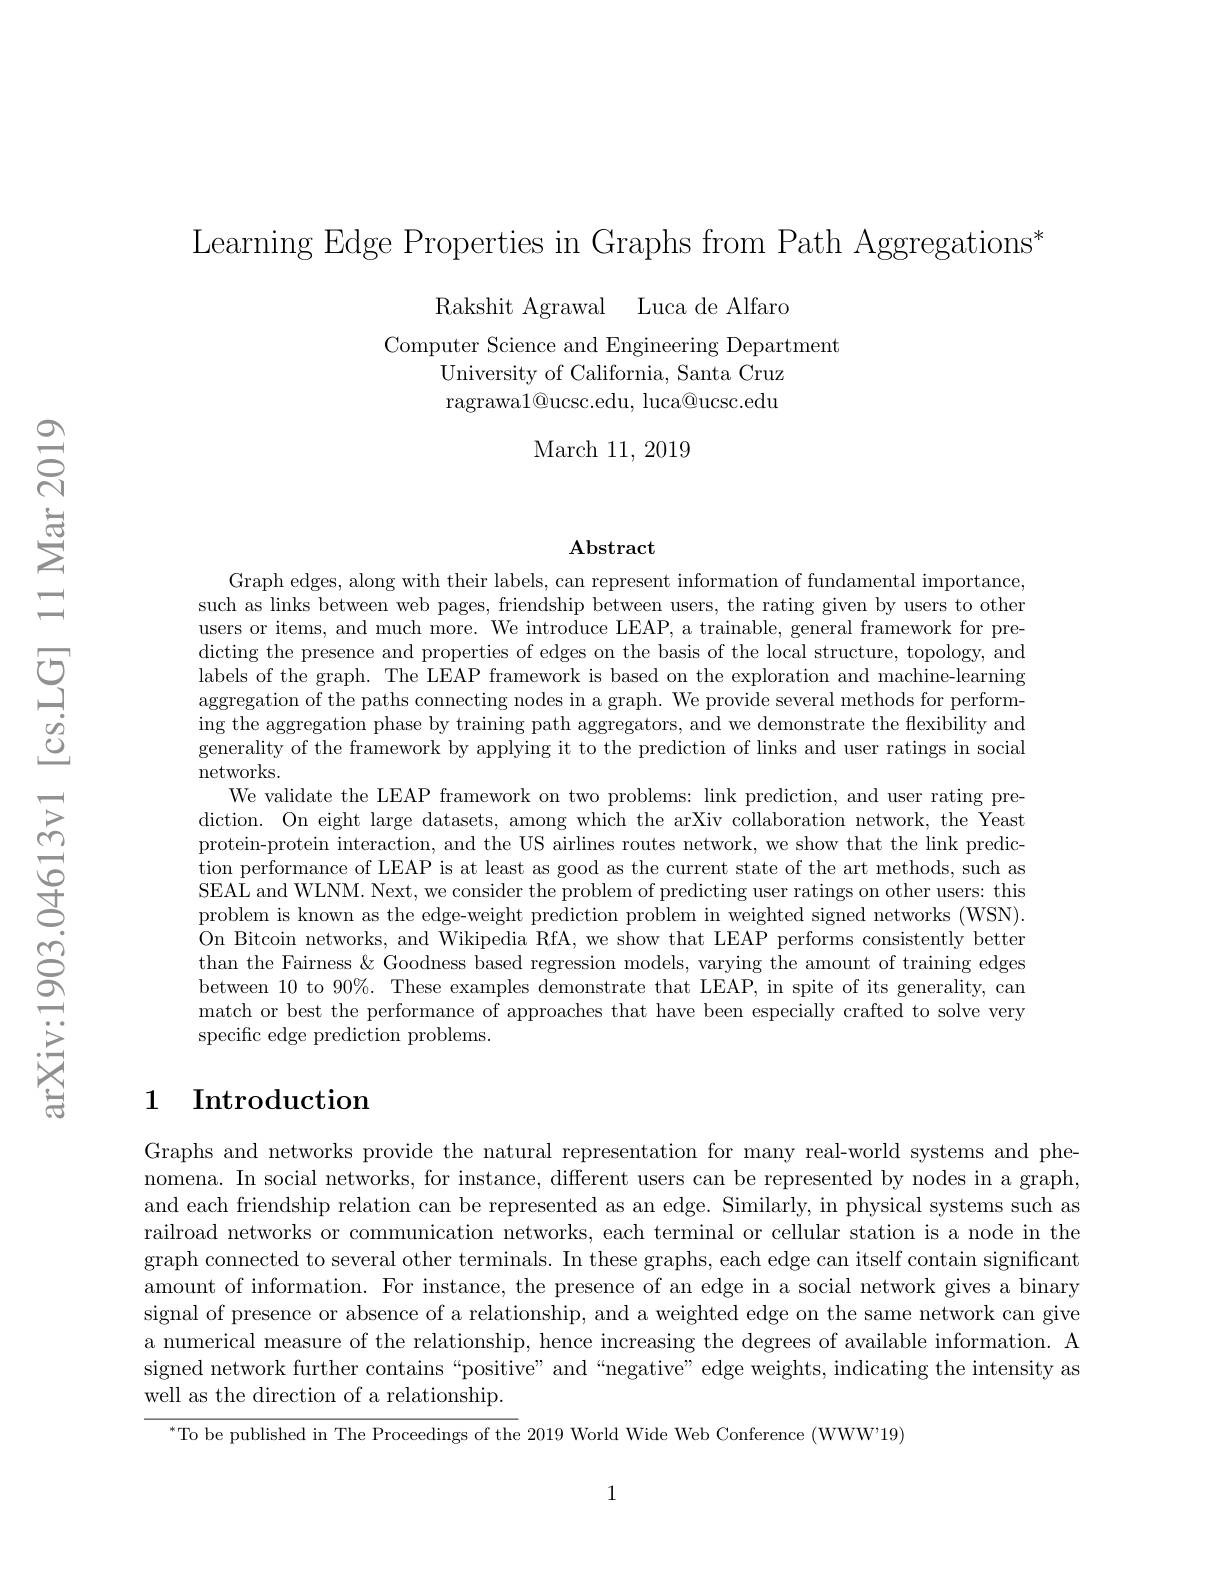
Learning Edge Properties in Graphs from Path Aggregations*

Rakshit Agrawal Luca de Alfaro

Computer Science and Engineering Department
University of California, Santa Cruz ragrawa$1@$ucsc.edu, luca@ucsc.edu

March 11, 2019

$\mathbf{Abstract}$

Graph edges, along with their labels, can represent information of fundamental importance, such as links between web pages, friendship between users, the rating given by users to other users or items, and much more. We introduce LEAP, a trainable, general framework for predicting the presence and properties of edges on the basis of the local structure, topology, and labels of the graph. The LEAP framework is based on the exploration and machine-learning aggregation of the paths connecting nodes in a graph. We provide several methods for performing the aggregation phase by training path aggregators, and we demonstrate the flexibility and generality of the framework by applying it to the prediction of links and user ratings in social networks.
We validate the LEAP framework on two problems: link prediction, and user rating prediction. On eight large datasets, among which the arXiv collaboration network, the Yeast protein-protein interaction, and the US airlines routes network, we show that the link prediction performance of LEAP is at least as good as the current state of the art methods, such as SEAL and WLNM. Next, we consider the problem of predicting user ratings on other users: this problem is known as the edge-weight prediction problem in weighted signed networks (WSN). On Bitcoin networks, and Wikipedia RfA, we show that LEAP performs consistently better than the Fairness & Goodness based regression models, varying the amount of training edges between 10 to $90\%.$ These examples demonstrate that LEAP, in spite of its generality, can match or best the performance of approaches that have been especially crafted to solve very specific edge prediction problems.

## 1 Introduction

Graphs and networks provide the natural representation for many real-world systems and phenomena. In social networks, for instance, different users can be represented by nodes in a graph, and each friendship relation can be represented as an edge. Similarly, in physical systems such as railroad networks or communication networks, each terminal or cellular station is a node in the graph connected to several other terminals. In these graphs, each edge can itself contain significant amount of information. For instance, the presence of an edge in a social network gives a binary signal of presence or absence of a relationship, and a weighted edge on the same network can give a numerical measure of the relationship, hence increasing the degrees of available information. A signed network further contains “positive” and“negative” edge weights, indicating the intensity as well as the direction of a relationship.

$^{*}$To be published in The Proceedings of the 2019 World Wide Web Conference (WWW'19)

1